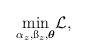
LaTeX: \begin{align*}\begin{aligned} \min_{\substack{{\alpha_z, \ss_{z}, {\boldsymbol{\theta}}}}} & \mathcal{L},\end{aligned} \end{align*}